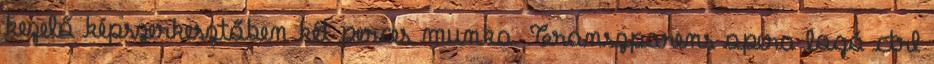
kezelő képszerkesztőben két perces munka. Transzparens opera logó ctrl